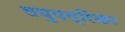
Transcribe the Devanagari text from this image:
लघुपत्रिका